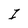
Character: I